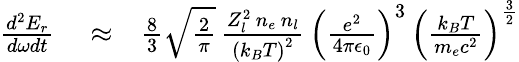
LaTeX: \begin{array}{rlr}{\frac{d^{2}E_{r}}{d\omega dt}}&{{}\approx}&{\frac{8}{3}\sqrt{\frac{2}{\pi}}\, \frac{Z_{l}^{2}\, n_{e}\, n_{l}}{\left(k_{B}T\right)^{2}}\, \left(\frac{e^{2}}{4\pi\epsilon_{0}}\right)^{3}\, \left(\frac{k_{B}T}{m_{e}c^{2}}\right)^{\frac{3}{2}}}\end{array}